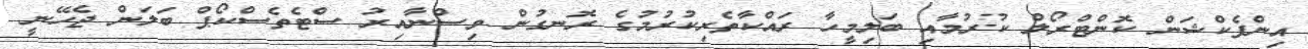
އިންފެކްޝަން ކޮންޓްރޯލް ކުރުމާއި ބަލިމީހާ ރައްކާތެރިކުރުމުގެ ރޮނގުން ވިސްނާއިރު ސްޓެތެސްކޯޕް ބަލަން ޖެހޭނީ